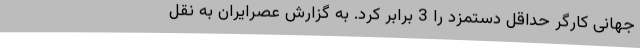
جهانی کارگر حداقل دستمزد را 3 برابر کرد. به گزارش عصرایران به نقل